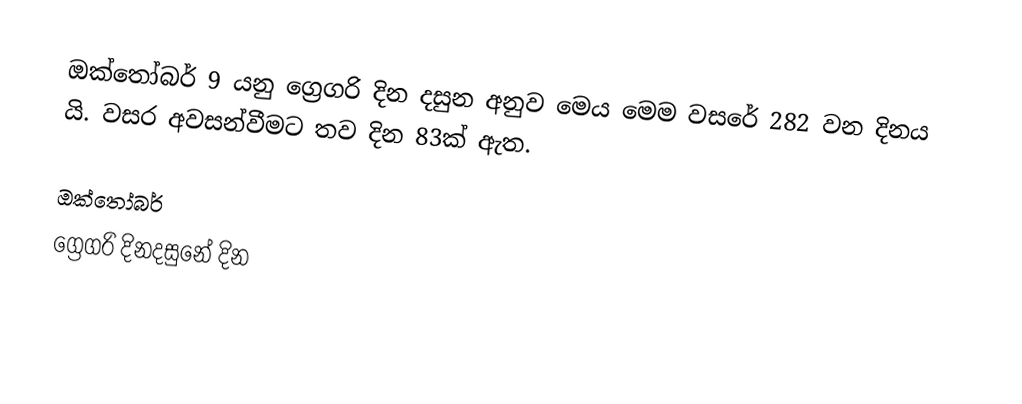
ඔක්තෝබර් 9 යනු ග්‍රෙගරි දින දසුන අනුව මෙය මෙම වසරේ 282 වන දිනය යි. වසර අවසන්වීමට තව දින 83ක් ඇත.

ඔක්තෝබර්
ග්‍රෙගරි දිනදසුනේ දින